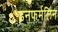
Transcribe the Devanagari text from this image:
डनफर्मलिन